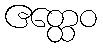
ဧတ္ထေဝ